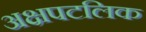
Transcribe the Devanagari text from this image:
अक्षपटलिक